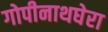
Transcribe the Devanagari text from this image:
गोपीनाथघेरा